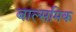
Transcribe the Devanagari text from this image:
बाल्समिक